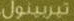
تيربينول